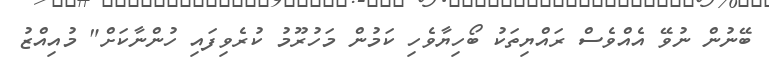
ބޭނުން ނުވޭ އެއްވެސް ރައްޔިތަކު ބޯހިޔާވެހި ކަމުން މަހުރޫމު ކުރެވިފައި ހުންނާކަށް" މުއިއްޒު